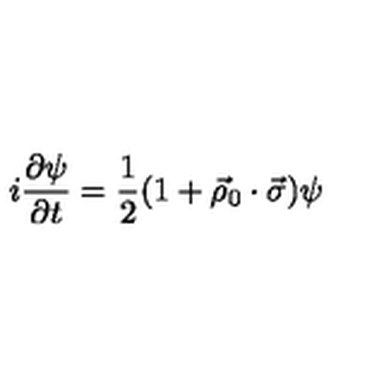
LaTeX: i { \frac { \partial \psi } { \partial t } } = { \frac { 1 } { 2 } } ( 1 + \vec { \rho } _ { 0 } \cdot \vec { \sigma } ) \psi